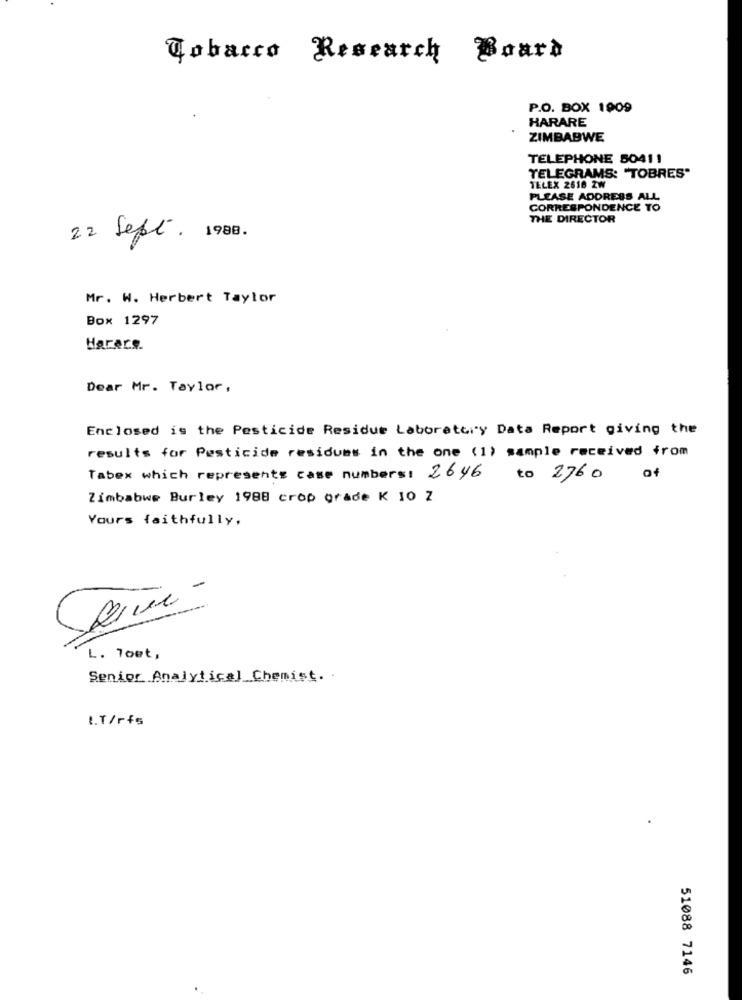
Tobacco Research
Board
P.O. BOX 1909
HARARE
ZIMBABWE
TELEPHONE 50411
TELEGRAMS: "TOBRES"
TELEX 2618 ZW
PLEASE ADDRESS ALL
CORRESPONDENCE TO
THE DIRECTOR
22 Sept. 1988.
Mr. W. Herbert Taylor
Box 1297
Harare.
Dear Mr. Taylor,
Enclosed is the Pesticide Residue Laboratory Data Report giving the
results for Pesticide residums in the one (1) sample received from
Tabex which represents case numbers: 2646
to 2760
af
Zimbabwe Burley 1988 crop grade K 10 Z
Yours faithfully,
2
L. Toet,
Senior Analytical Chemist. .
I.T/rfs
51088 7146